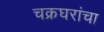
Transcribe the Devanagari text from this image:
चक्रघरांचा